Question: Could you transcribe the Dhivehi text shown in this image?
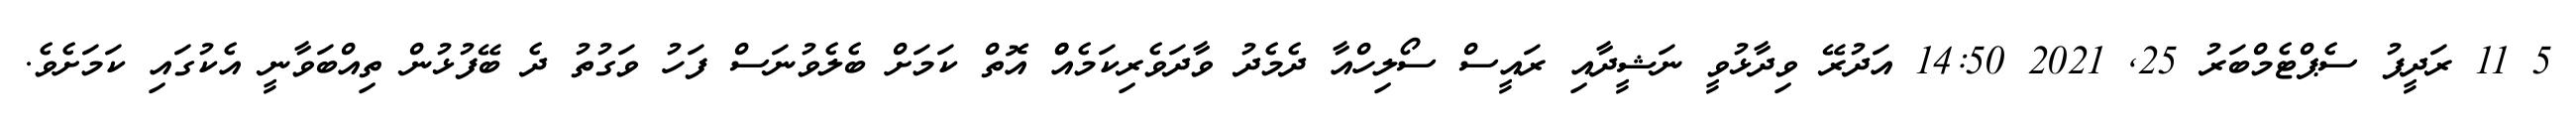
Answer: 5 11 ރަދީފު ސެޕްޓެމްބަރު 25, 2021 14:50 އަދުރޭ ވިދާޅުވީ ނަޝީދާއި ރައީސް ސޯލިހްއާ ދެމެދު ވާދަވެރިކަމެއްް އޮތް ކަމަށް ބެލެވުނަސް ފަހު ވަގުތު ދެ ބޭފުޅުން ތިއްބަވާނީ އެކުގައި ކަމަށެވެ.